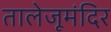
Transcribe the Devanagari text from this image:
तालेजूमंदिर